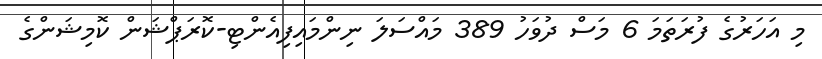
މި އަހަރުގެ ފުރަތަމަ 6 މަސް ދުވަހު 389 މައްސަލަ ނިންމައިފިއެންޓި-ކޮރަޕްޝަން ކޮމިޝަންގެ